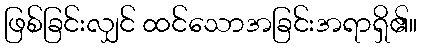
ဖြစ်ခြင်းလျှင် ထင်သောအခြင်းအရာရှိ၏။